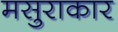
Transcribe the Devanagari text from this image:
मसुराकार